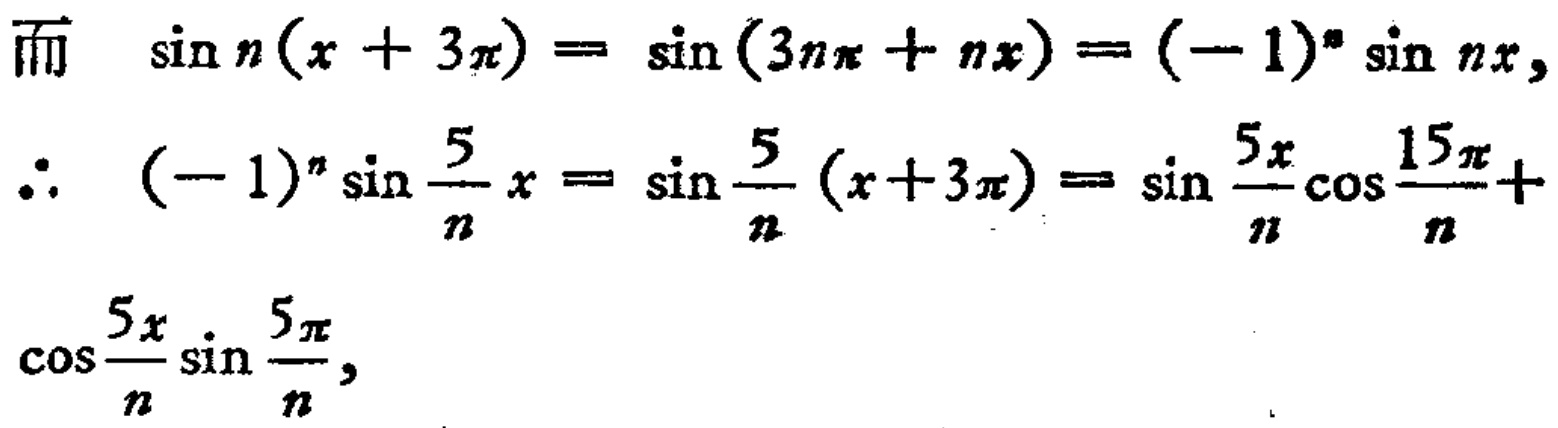
\[

\begin{align*}

\text{而}\quad\sin n(x + 3\pi)&=\sin(3n\pi+nx)=(-1)^n\sin nx,\\

\therefore\quad(-1)^n\sin\frac{5}{n}x&=\sin\frac{5}{n}(x + 3\pi)=\sin\frac{5x}{n}\cos\frac{15\pi}{n}+\\

\cos\frac{5x}{n}\sin\frac{5\pi}{n},

\end{align*}

\]